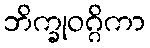
ဘိက္ခုဝဂ္ဂိကာ